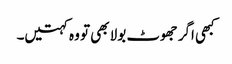
کبھی اگر جھوٹ بولا بھی تو وہ کہتیں۔